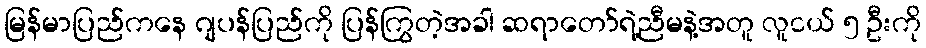
မြန်မာပြည်ကနေ ဂျပန်ပြည်ကို ပြန်ကြွတဲ့အခါ ဆရာတော်ရဲ့ညီမနဲ့အတူ လူငယ် ၅ ဦးကို